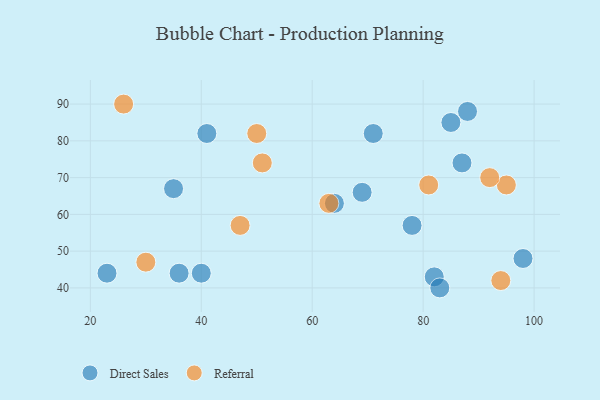
{"axis": {"x": "GDP", "y": "Life Expectancy"}, "legend": ["Direct Sales", "Referral"], "data": [{"x": "35", "y": 67, "type": "Direct Sales"}, {"x": "82", "y": 43, "type": "Direct Sales"}, {"x": "69", "y": 66, "type": "Direct Sales"}, {"x": "78", "y": 57, "type": "Direct Sales"}, {"x": "40", "y": 44, "type": "Direct Sales"}, {"x": "36", "y": 44, "type": "Direct Sales"}, {"x": "71", "y": 82, "type": "Direct Sales"}, {"x": "64", "y": 63, "type": "Direct Sales"}, {"x": "23", "y": 44, "type": "Direct Sales"}, {"x": "98", "y": 48, "type": "Direct Sales"}, {"x": "87", "y": 74, "type": "Direct Sales"}, {"x": "41", "y": 82, "type": "Direct Sales"}, {"x": "83", "y": 40, "type": "Direct Sales"}, {"x": "88", "y": 88, "type": "Direct Sales"}, {"x": "85", "y": 85, "type": "Direct Sales"}, {"x": "81", "y": 68, "type": "Referral"}, {"x": "95", "y": 68, "type": "Referral"}, {"x": "94", "y": 42, "type": "Referral"}, {"x": "63", "y": 63, "type": "Referral"}, {"x": "26", "y": 90, "type": "Referral"}, {"x": "51", "y": 74, "type": "Referral"}, {"x": "47", "y": 57, "type": "Referral"}, {"x": "92", "y": 70, "type": "Referral"}, {"x": "30", "y": 47, "type": "Referral"}, {"x": "50", "y": 82, "type": "Referral"}]}